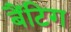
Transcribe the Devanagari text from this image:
बैंटिग